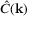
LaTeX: { \hat { C } } ( \mathbf { k } )